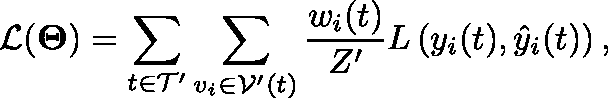
\mathcal { L } ( \mathbf { \Theta } ) = \sum _ { t \in \mathcal { T } ^ { \prime } } \sum _ { v _ { i } \in \mathcal { V } ^ { \prime } ( t ) } \frac { w _ { i } ( t ) } { Z ^ { \prime } } L \left( y _ { i } ( t ) , \hat { y } _ { i } ( t ) \right) ,